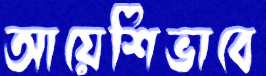
আয়েশিভাবে